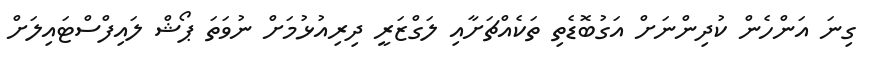
ގިނަ އަންހެން ކުދިންނަށް އަގުބޮޑެތި ތަކެއްޗަށާއި ލަގްޒަރީ ދިރިއުޅުމަށް ނުވަތަ ޕޯޝް ލައިފްސްޓައިލަށް